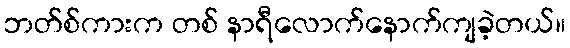
ဘတ်စ်ကားက တစ် နာရီလောက်နောက်ကျခဲ့တယ်။